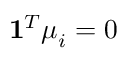
\mathbf { 1 } ^ { T } \boldsymbol { \mu } _ { i } = 0